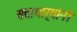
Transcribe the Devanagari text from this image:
सत्ताधार्‍यांनी